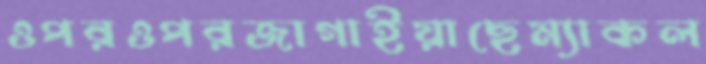
ওপরওপরজাগাইয়াছেম্যাকল